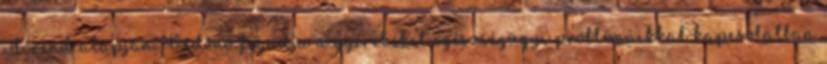
időrend alapján. Védőnő fogadja a gyerekeket egészségügyi problémáikkal kapcsolatban